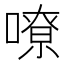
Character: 嘹